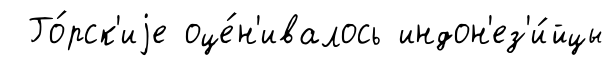
Го́рск'иjе оце́н'ивалось индон'ез'и́йцы